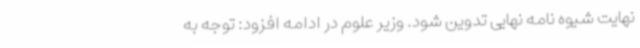
نهایت شیوه نامه نهایی تدوین شود. وزیر علوم در ادامه افزود: توجه به